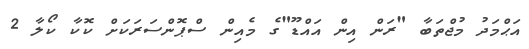
އަޙްމަދު މުޖްތަބާ "ރަން އިން އައްޑޫ"ގެ މެއިން ސްޕޮންސަރަކަށް ކޮކާ ކޯލާ 2